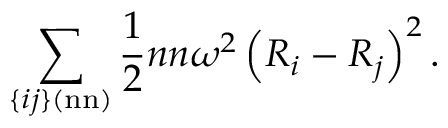
\sum _ { \{ i j \} ( \mathrm { n n } ) } { \frac { 1 } { 2 } } n n \omega ^ { 2 } \left( R _ { i } - R _ { j } \right) ^ { 2 } .